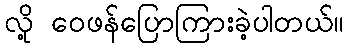
လို့ ဝေဖန်ပြောကြားခဲ့ပါတယ်။